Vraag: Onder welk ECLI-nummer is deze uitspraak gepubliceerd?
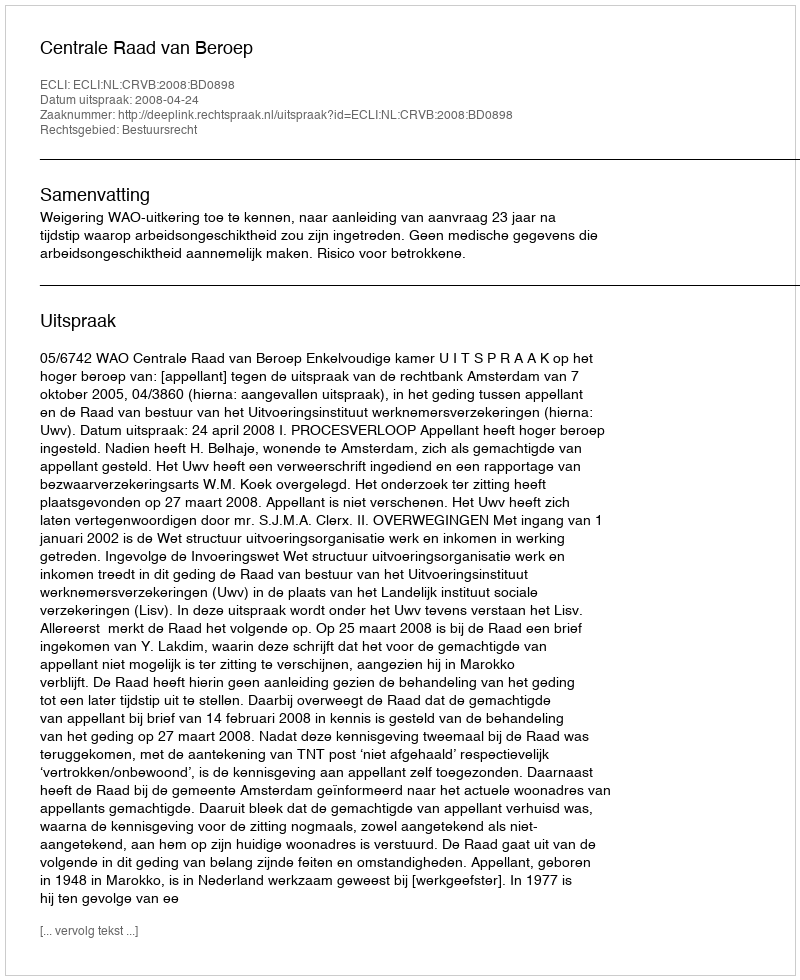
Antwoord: ECLI:NL:CRVB:2008:BD0898